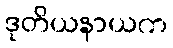
ဒုတိယနာယက